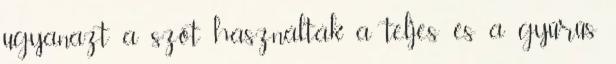
ugyanazt a szót használták a teljes és a gyűrűs